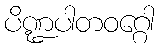
ပိဏ္ဍပါတဝဂ္ဂေါ